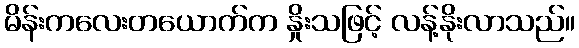
မိန်းကလေးတယောက်က နှိုးသဖြင့် လန့်နိုးလာသည်။